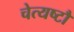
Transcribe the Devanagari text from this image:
चेत्यष्टौ